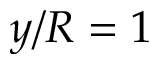
y / R = 1